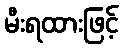
မီးရထားဖြင့်